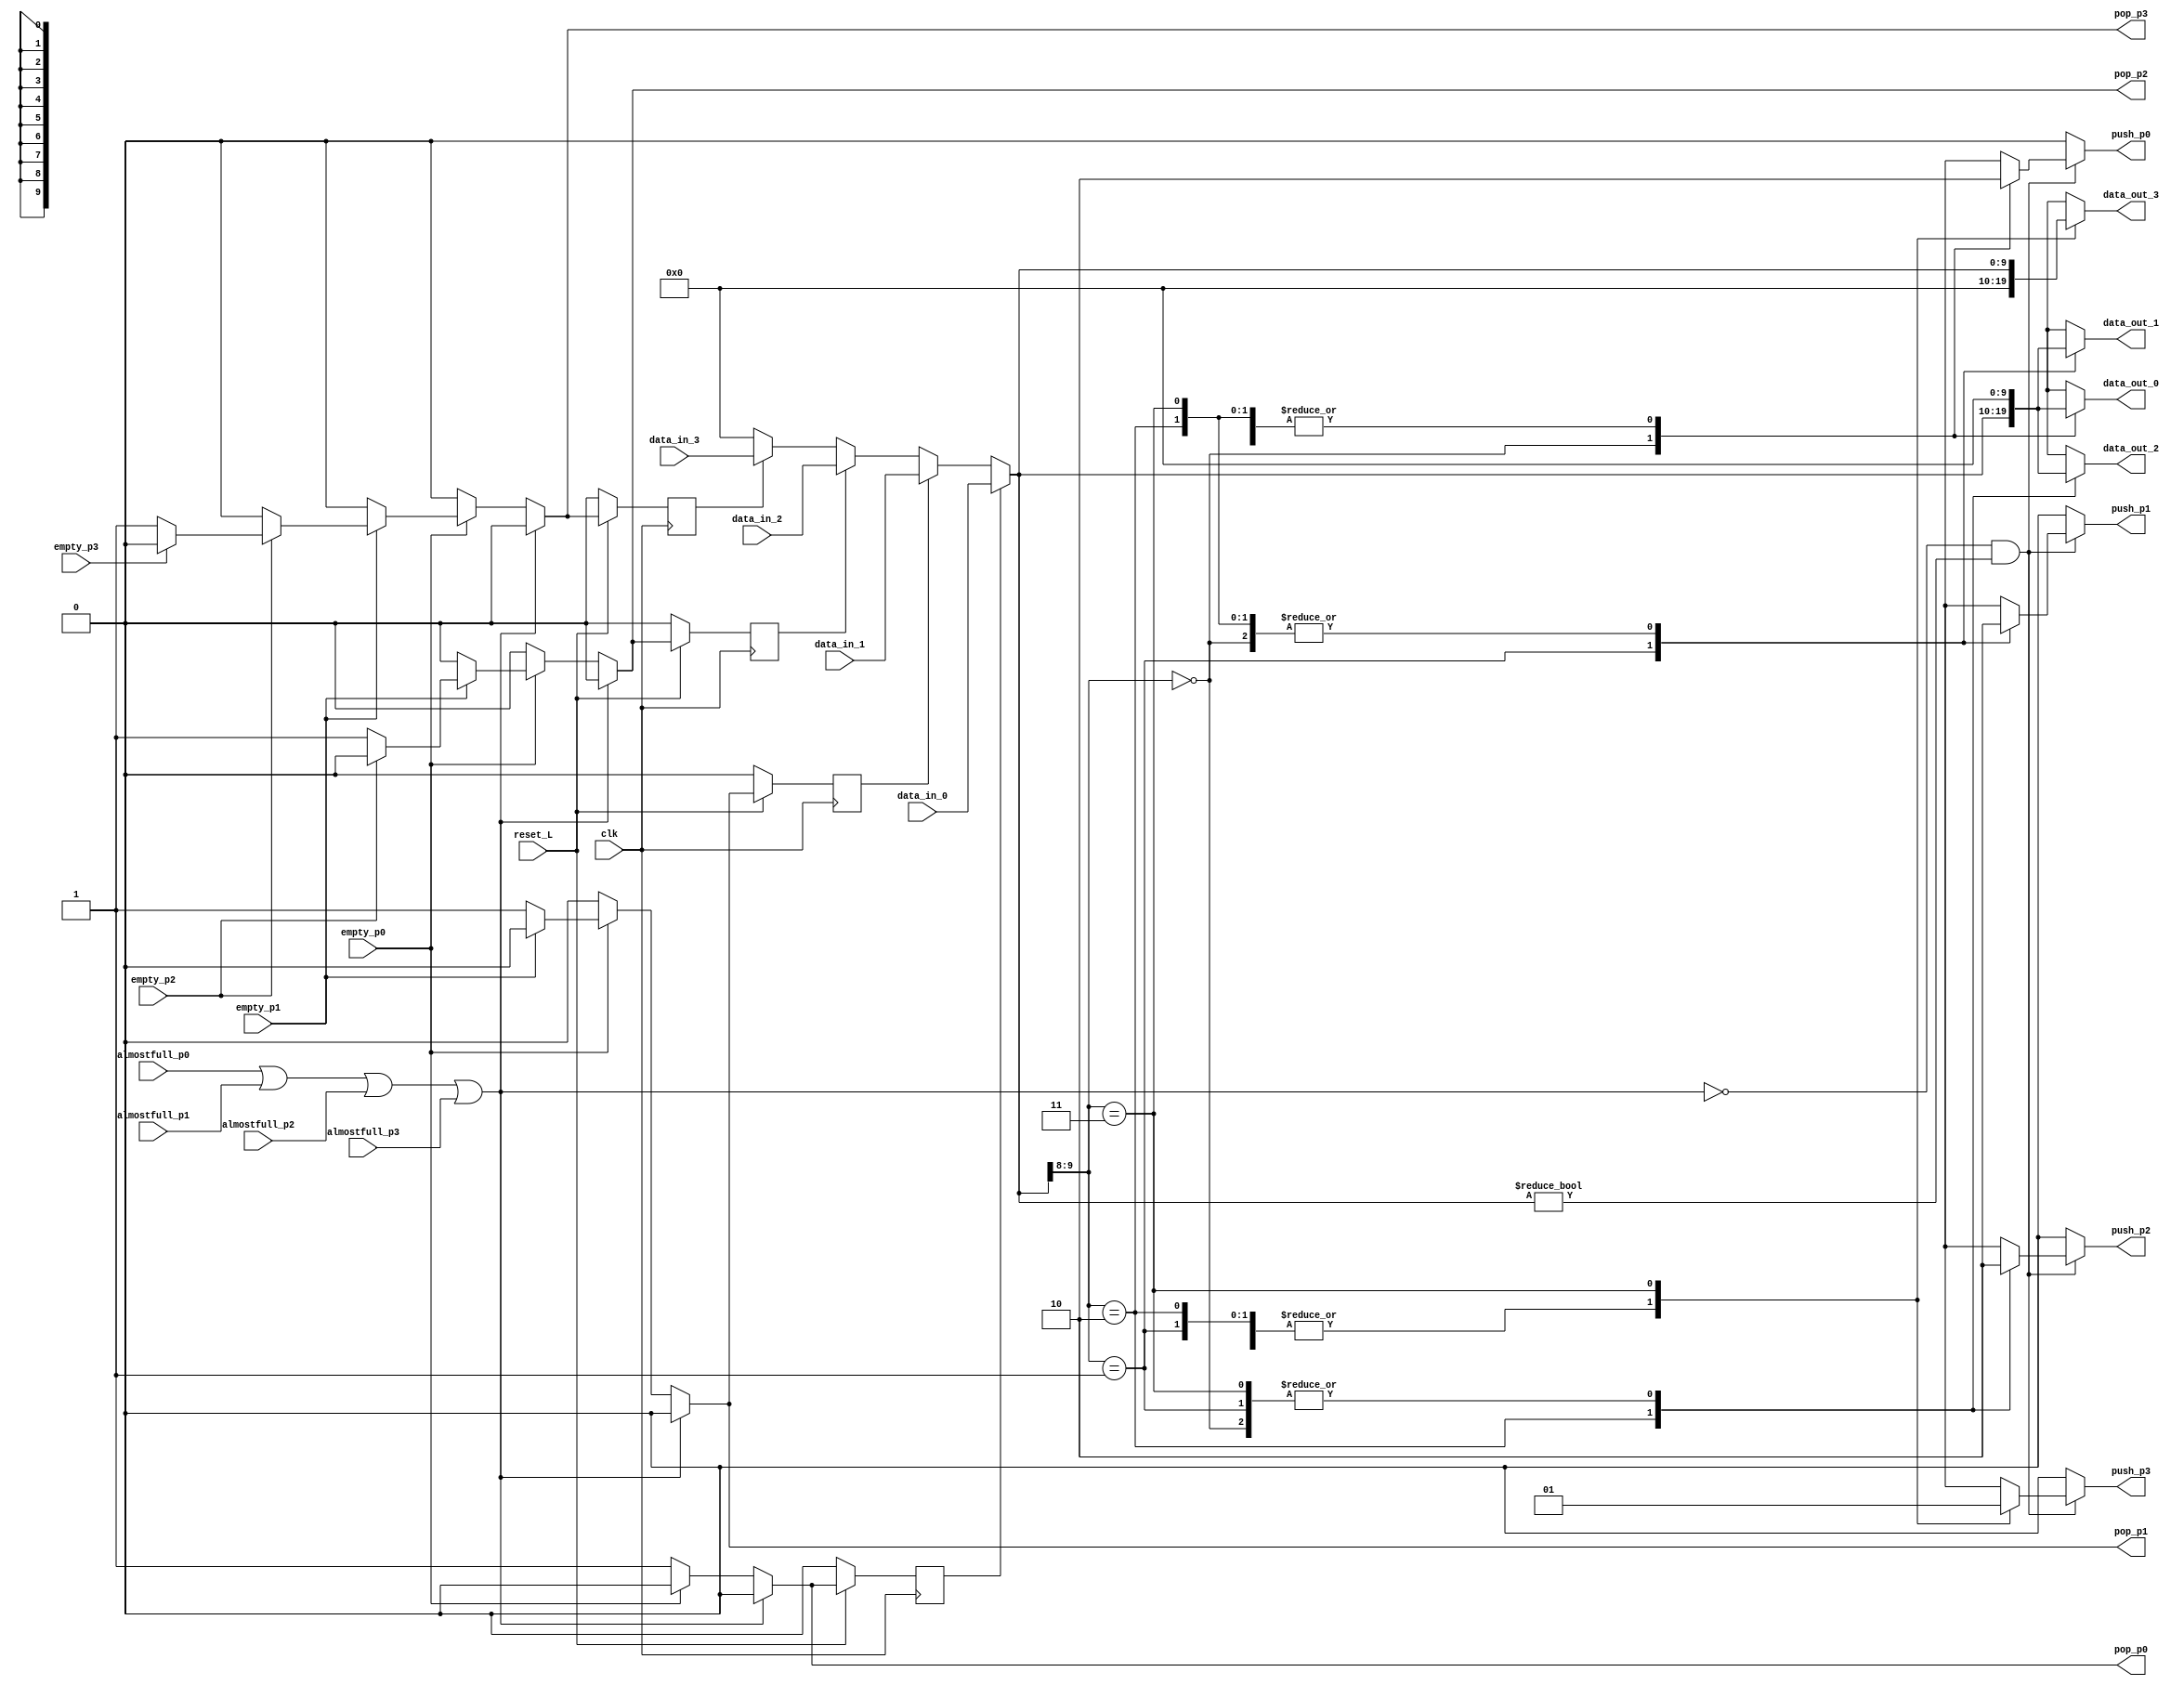
module arbitro #( // Un rbitro para 4 FIFOS
	parameter FIFO_WORD_SIZE = 10
) (	
	input clk,
    input reset_L,
	// Seales de empty de los FIFOS de entrada
	input empty_p0,
	input empty_p1,
	input empty_p2,
	input empty_p3,
	// Seales de almost full de los FIFOS de salida
	input almostfull_p0,
	input almostfull_p1,
	input almostfull_p2,
	input almostfull_p3,
	// Desde los FIFOS de entrada hacia el mux
	input [FIFO_WORD_SIZE-1:0] data_in_0,
	input [FIFO_WORD_SIZE-1:0] data_in_1,
	input [FIFO_WORD_SIZE-1:0] data_in_2,
	input [FIFO_WORD_SIZE-1:0] data_in_3,
	// Desde el demux a los FIFOS de salida
	// Hacia los FIFOS de salida
    output reg [FIFO_WORD_SIZE-1:0] data_out_0,
    output reg [FIFO_WORD_SIZE-1:0] data_out_1,
    output reg [FIFO_WORD_SIZE-1:0] data_out_2,
    output reg [FIFO_WORD_SIZE-1:0] data_out_3,
	// Los POP y PUSH son READ_ENABLE y WRITE_ENABLE, respectivamente en los FIFOS
	// Seales de pop hacia los FIFOS de entrada 
	output reg pop_p0,
	output reg pop_p1,
	output reg pop_p2,
	output reg pop_p3,
	// Seales de push hacia los FIFOS de salida
	output reg push_p0,
	output reg push_p1,
	output reg push_p2,
	output reg push_p3);

	reg out_FIFOS_almost_full;
	reg in_FIFOS_empty;

	always @(*) begin
	    // out_FIFOS_almost_full -> Seal que indica que por lo menos uno de los FIFOs de salida est almost full
		out_FIFOS_almost_full = (almostfull_p0 || almostfull_p1 || almostfull_p2 || almostfull_p3);
		// in_FIFOS_empty -> Seal que indica que todos los FIFO de entrada estn vacos
		in_FIFOS_empty = (empty_p0 && empty_p1 && empty_p2 && empty_p3);
	end

	//Lgica POP
	always @(*) begin
		// Valores predeterminados. Necesarios para que no aparezcan LATCH D en sntesis.
		// Adems si no se cumple ningn if por defecto cae ac
		pop_p0 = 0;
		pop_p1 = 0;
		pop_p2 = 0;
		pop_p3 = 0;

		if(!out_FIFOS_almost_full)
			begin
				if(!empty_p0)
					pop_p0 = 1;
				else if (!empty_p1)
					pop_p1 = 1;
				else if (!empty_p2)
					pop_p2 = 1;
				else if (!empty_p3)
					pop_p3 = 1;
			end // if (!out_FIFOS_almost_full)
	end // always @ (*)

	// Lgica MUX/DEMUX -> El FIFO donde SI escribe lo determina el push

	reg pop_p0_d, pop_p1_d, pop_p2_d, pop_p3_d;
	always @(posedge clk) begin
		if(~reset_L)begin
			pop_p0_d <= 0;
			pop_p1_d <= 0;
			pop_p2_d <= 0;
			pop_p3_d <= 0;
		end
		else begin
			pop_p0_d <= pop_p0;
			pop_p1_d <= pop_p1;
			pop_p2_d <= pop_p2;
			pop_p3_d <= pop_p3;
		end
	end

	reg [1:0] dest; // Selector del demux 
	reg [FIFO_WORD_SIZE-1:0] mux_out;

	always @(*) begin	 
		// Multiplexor
		mux_out = 0; // Valor por defecto
		if(pop_p0_d)
			mux_out = data_in_0;
		else if (pop_p1_d)
			mux_out = data_in_1;
		else if (pop_p2_d)
			mux_out = data_in_2;
		else if (pop_p3_d)
			mux_out = data_in_3;

		// Demultiplexor
		// Valores por defecto
		data_out_0 = 0; 
		data_out_1 = 0; 
		data_out_2 = 0; 
		data_out_3 = 0;
		
		dest = mux_out[FIFO_WORD_SIZE-1:FIFO_WORD_SIZE-2];// -> DEST slo puede tomar valores 0, 1, 2 y 3.
		case(dest)
			'b00: data_out_0 = mux_out;
			'b01: data_out_1 = mux_out;
			'b10: data_out_2 = mux_out;
			'b11: data_out_3 = mux_out;
		endcase
	end

	//Lgica de PUSH
	reg data_valid;
	always @(*) begin
		push_p0 = 0;
		push_p1 = 0;
		push_p2 = 0;
		push_p3 = 0;
		data_valid = (mux_out != 10'h0);
		if(!out_FIFOS_almost_full && data_valid) begin // !in_FIFOS_empty && ?
		/* El rbitro hace push siempre y cuando los fifos de entrada 
		no estn vacos y no haya ningn fifo de salida en almost full - Freddy (2021)*/
			case(dest)
				'b00: push_p0 = 1;
				'b01: push_p1 = 1;
				'b10: push_p2 = 1;
				'b11: push_p3 = 1;
			endcase						
		end // end // if (!out_FIFOS_almost_full && !in_FIFOS_empty)
	end// always @ (*)
endmodule // arbitro